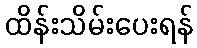
ထိန်းသိမ်းပေးရန်